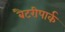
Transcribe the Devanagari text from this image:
बैटरीपार्क